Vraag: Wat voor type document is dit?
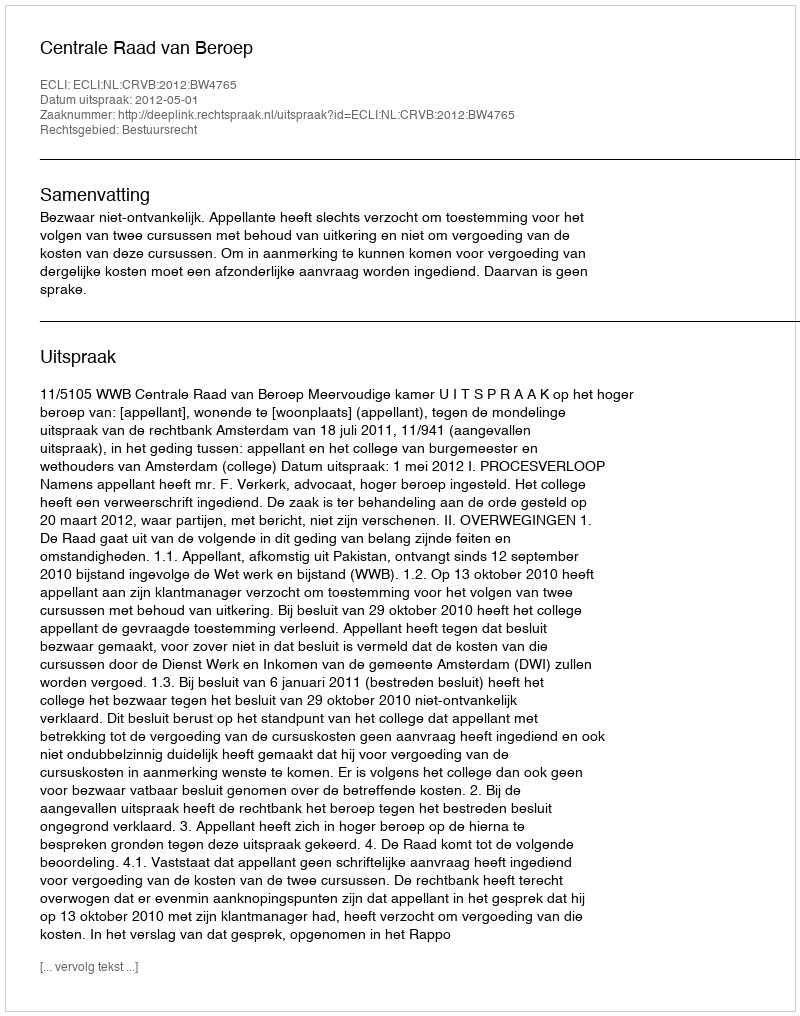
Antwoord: Uitspraak